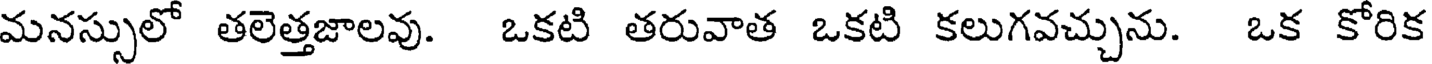
మనస్సులో తలెత్తజాలవు. ఒకటి తరువాత ఒకటి కలుగవచ్చును. ఒక కోరిక